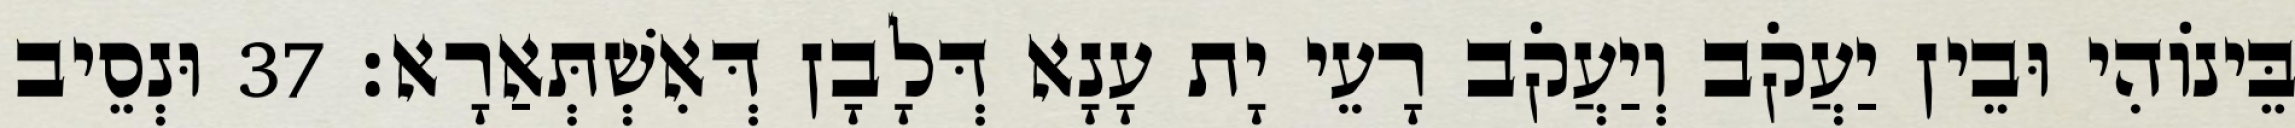
בֵּינוֹהִי וּבֵין יַעֲקֹב וְיַעֲקֹב רָעֵי יָת עָנָא דְּלָבָן דְּאִשְׁתְּאַרָא׃ 37 וּנְסֵיב